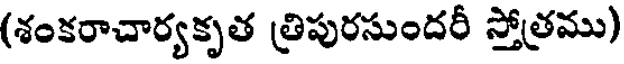
(శంకరాచార్యకృత త్రిపురసుందరీ స్తోత్రము)